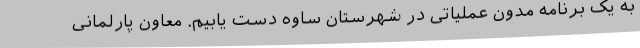
به یک برنامه مدون عملیاتی در شهرستان ساوه دست یابیم. معاون پارلمانی